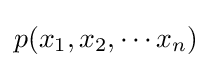
p(x_{1},x_{2},\cdots x_{n})